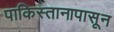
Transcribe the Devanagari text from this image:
पाकिस्तानापासून